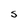
Character: S